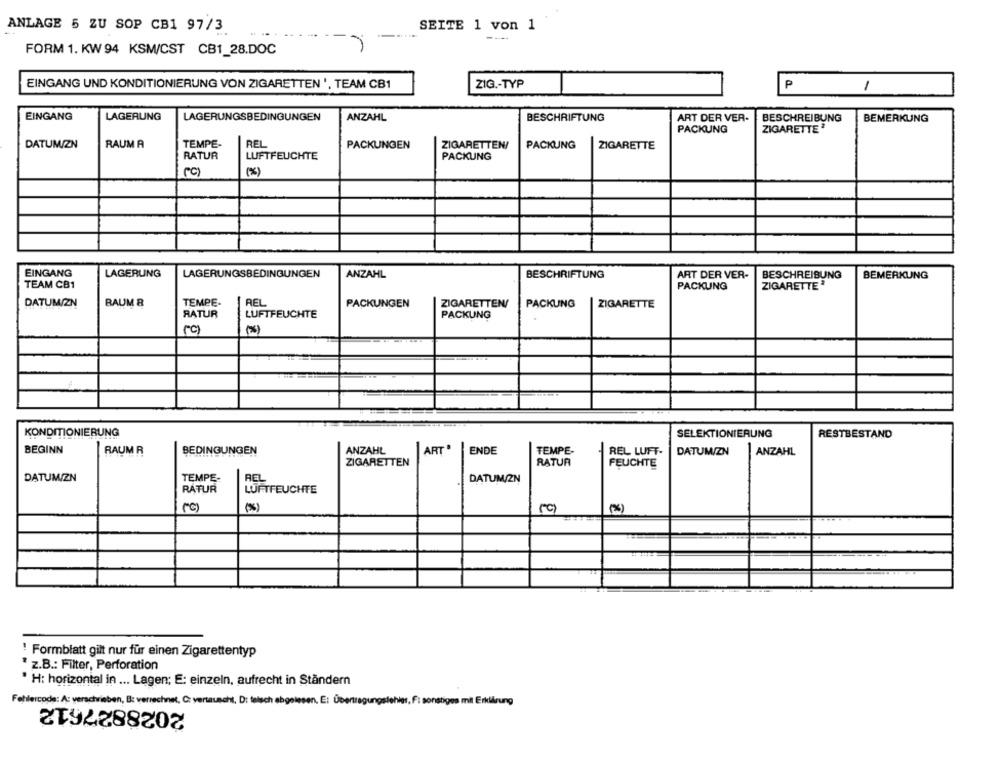
ANLAGE 5 ZU SOP CB1 97/3
SEITE 1 von 1
FORM 1. KW 94 KSM/CST CB1_28.DOC
EINGANG UND KONDITIONIERUNG VON ZIGARETTEN ', TEAM CB1
ZIG .- TYP
P
1
EINGANG
LAGERUNG
LAGERUNGSBEDINGUNGEN
ANZAHL
BESCHRIFTUNG
ART DER VER-
BESCHREIBUNG
BEMERKUNG
PACKUNG
ZIGARETTE
DATUM/ZN
RAUM A
TEMPE-
BEL
PACKUNGEN
ZIGARETTEN/
PACKUNG
ZIGARETTE
RATUR
LUFTFEUCHTE
PACKUNG
(C)
EINGANG
LAGERUNG
LAGERUNGSBEDINGUNGEN
ANZAHL
BESCHRIFTUNG
ART DER VER-
BESCHREIBUNG
BEMERKUNG
TEAM CB1
PACKUNG
ZIGARETTE
DATUM/ZN
RAUM &
TEMPE-
PACKUNGEN
ZIGARETTEN/
PACKUNG
ZIGARETTE
RATUR
LUFTFEUCHTE
PACKUNG
("℃)
(
KONDITIONIERUNG
SELEKTIONIERUNG
RESTBESTAND
BEGINN
RAUM R
BEDINGUNGEN
ANZAHL
ART.
ENDE
TEMPE-
REL LUFT-
DATUM/ZN
ANZAHL
ZIGARETTEN
RATUR
FEUCHTE
DATUM/ZN
TEMPE-
REL
DATUM/ZN
RATUR
LUFTFEUCHTE
(c)
(%)
! Formblatt gilt nur für einen Zigarettentyp
z.B .: Filter, Perforation
H: horizontal in ... Lagen; E: einzeln, aufrecht in Ständern
Fehlercode: A: verschrieben, B: verrechnet, C: vertauscht, D: falsch abgelesen, E: Übertragungslehies, Fi sonstiges mit Erklärung
2028827612